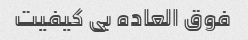
فوق العاده بی کیفیت